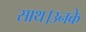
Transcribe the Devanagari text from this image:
साथ।उनके